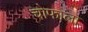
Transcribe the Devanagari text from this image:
चोफाला